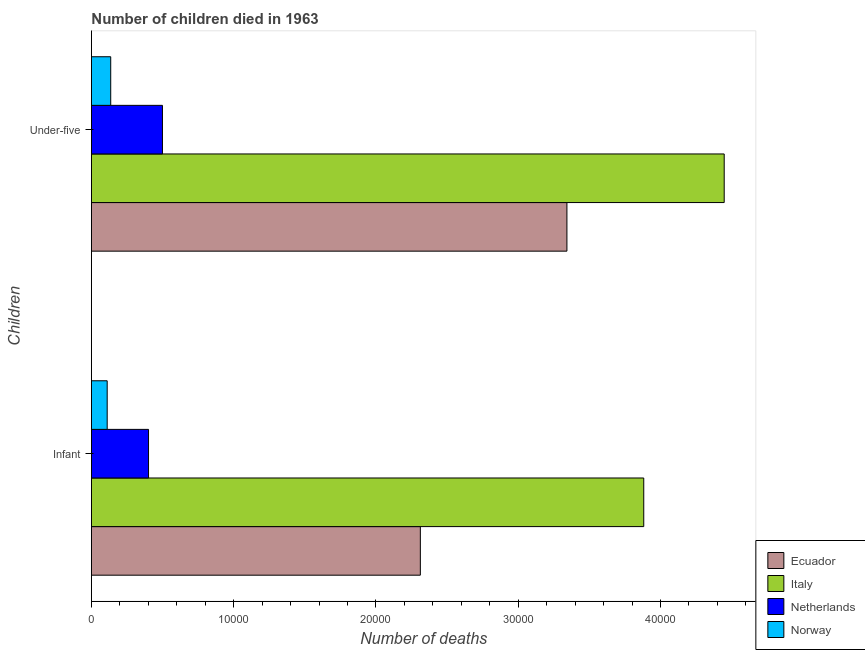
| Children | Ecuador | Italy | Netherlands | Norway |
 | --- | --- | --- | --- | --- |
 | Infant | 2.31e+04 | 3.88e+04 | 4.01e+03 | 1.11e+03 |
 | Under-five | 3.34e+04 | 4.45e+04 | 4.99e+03 | 1.36e+03 |